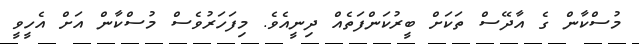
މުސްކާން ގެ އާދޭސް ތަކަށް ބީރުކަންފަތެއް ދިނީއެވެ. މިފަހަރުވެސް މުސްކާން އަށް އެހީވީ